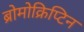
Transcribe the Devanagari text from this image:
ब्रोमोक्रिप्टिन